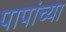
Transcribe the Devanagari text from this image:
पापांच्या